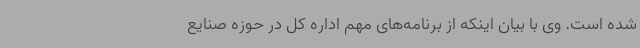
شده است. وی با بیان اینکه از برنامه‌های مهم اداره کل در حوزه صنایع